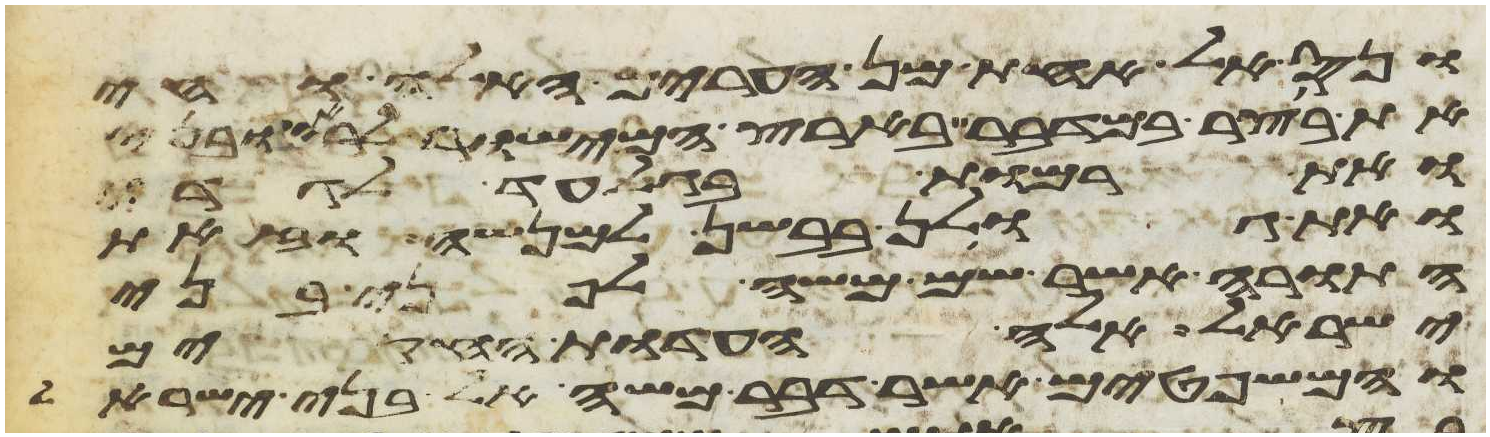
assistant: ונס אל אחת מן הערים האלה וחי
את בוצר במדבר בארץ המישור לראובני
ואת רמות בגלעד לגדי
ואת גולן בבשן למנשה וזאת
התורה אשר שם משה לפני בני
ישראל אלה העדות החקים
והמשפטים אשר דבר משה אל בני ישראל